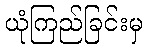
ယုံကြည်ခြင်းမှ